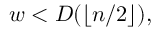
w < D ( \lfloor n / 2 \rfloor ) ,